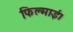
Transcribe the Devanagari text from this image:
फिल्माई।